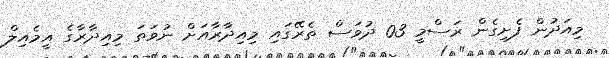
މިއަދުން ފެށިގެން ރަސްމީ 03 ދުވަސް ތެރޭގައި މިއިދާރާއަށް ނުވަތަ މިއިދާރާގެ އީމެއިލް